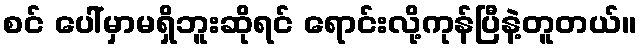
စင် ပေါ်မှာမရှိဘူးဆိုရင် ရောင်းလို့ကုန်ပြီနဲ့တူတယ်။